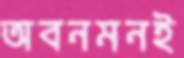
অবনমনই